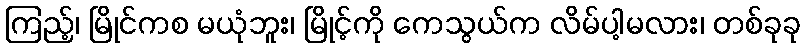
ကြည့်၊ မြိုင်ကစ မယုံဘူး၊ မြိုင့်ကို ကေသွယ်က လိမ်ပါ့မလား၊ တစ်ခုခု